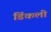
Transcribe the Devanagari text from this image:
डिंकली